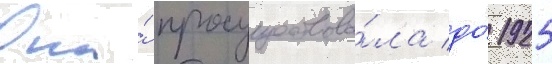
Она́ просуществова́ла до́ 1925